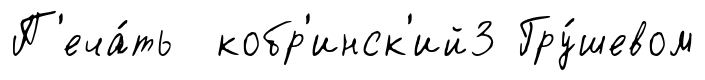
П'еча́ть кобр'инск'ий3 Гру́шевом